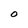
Character: O